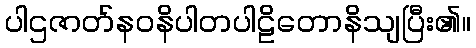
ပါဌဇာတ်နဝနိပါတပါဠိတောနိသျပြီး၏။